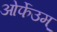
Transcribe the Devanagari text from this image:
ओर्फेउम्